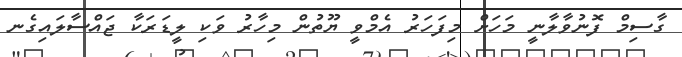
ގާސިމް ފޮނުވާލާނީ މަހަށް މިފަހަރު އެމްވީ ޔޫތުން މިހާރު ވަކި ލީޑަރަކާ ޖައްސާލައިގެނ